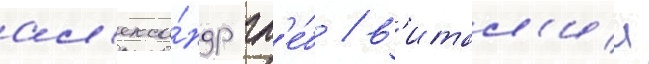
ал'екса́ндр гл'е́б / в'итал'ии